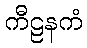
ကီဠနကံ